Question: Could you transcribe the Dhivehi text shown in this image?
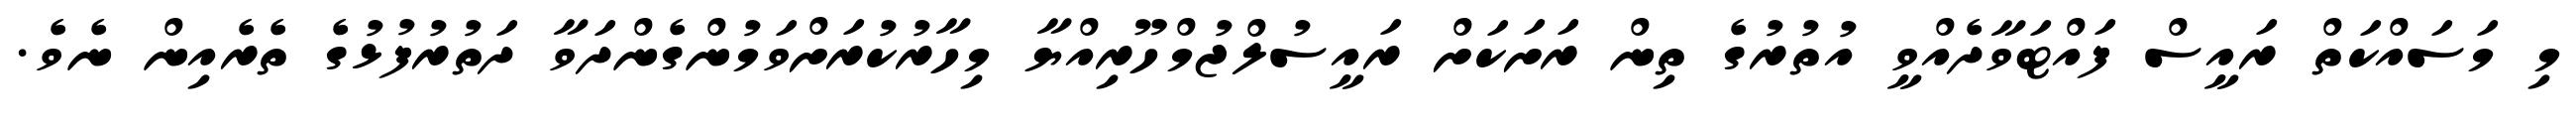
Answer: މި މަސައްކަތް ރައީސް ފައްޓަވާދެއްވީ އުތުރުގެ ތިން ރަށަކަށް ރައީސުލްޖުމްހޫރިއްޔާ މިހާރުކުރަށްވަމުންގެންދަވާ ދަތުރުފުޅުގެ ތެރެއިން ނެވެ.